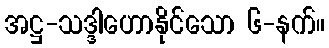
အဋ္ဌ-သဒ္ဒါဟောနိုင်သော ၆-နက်။